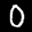
Label: 0